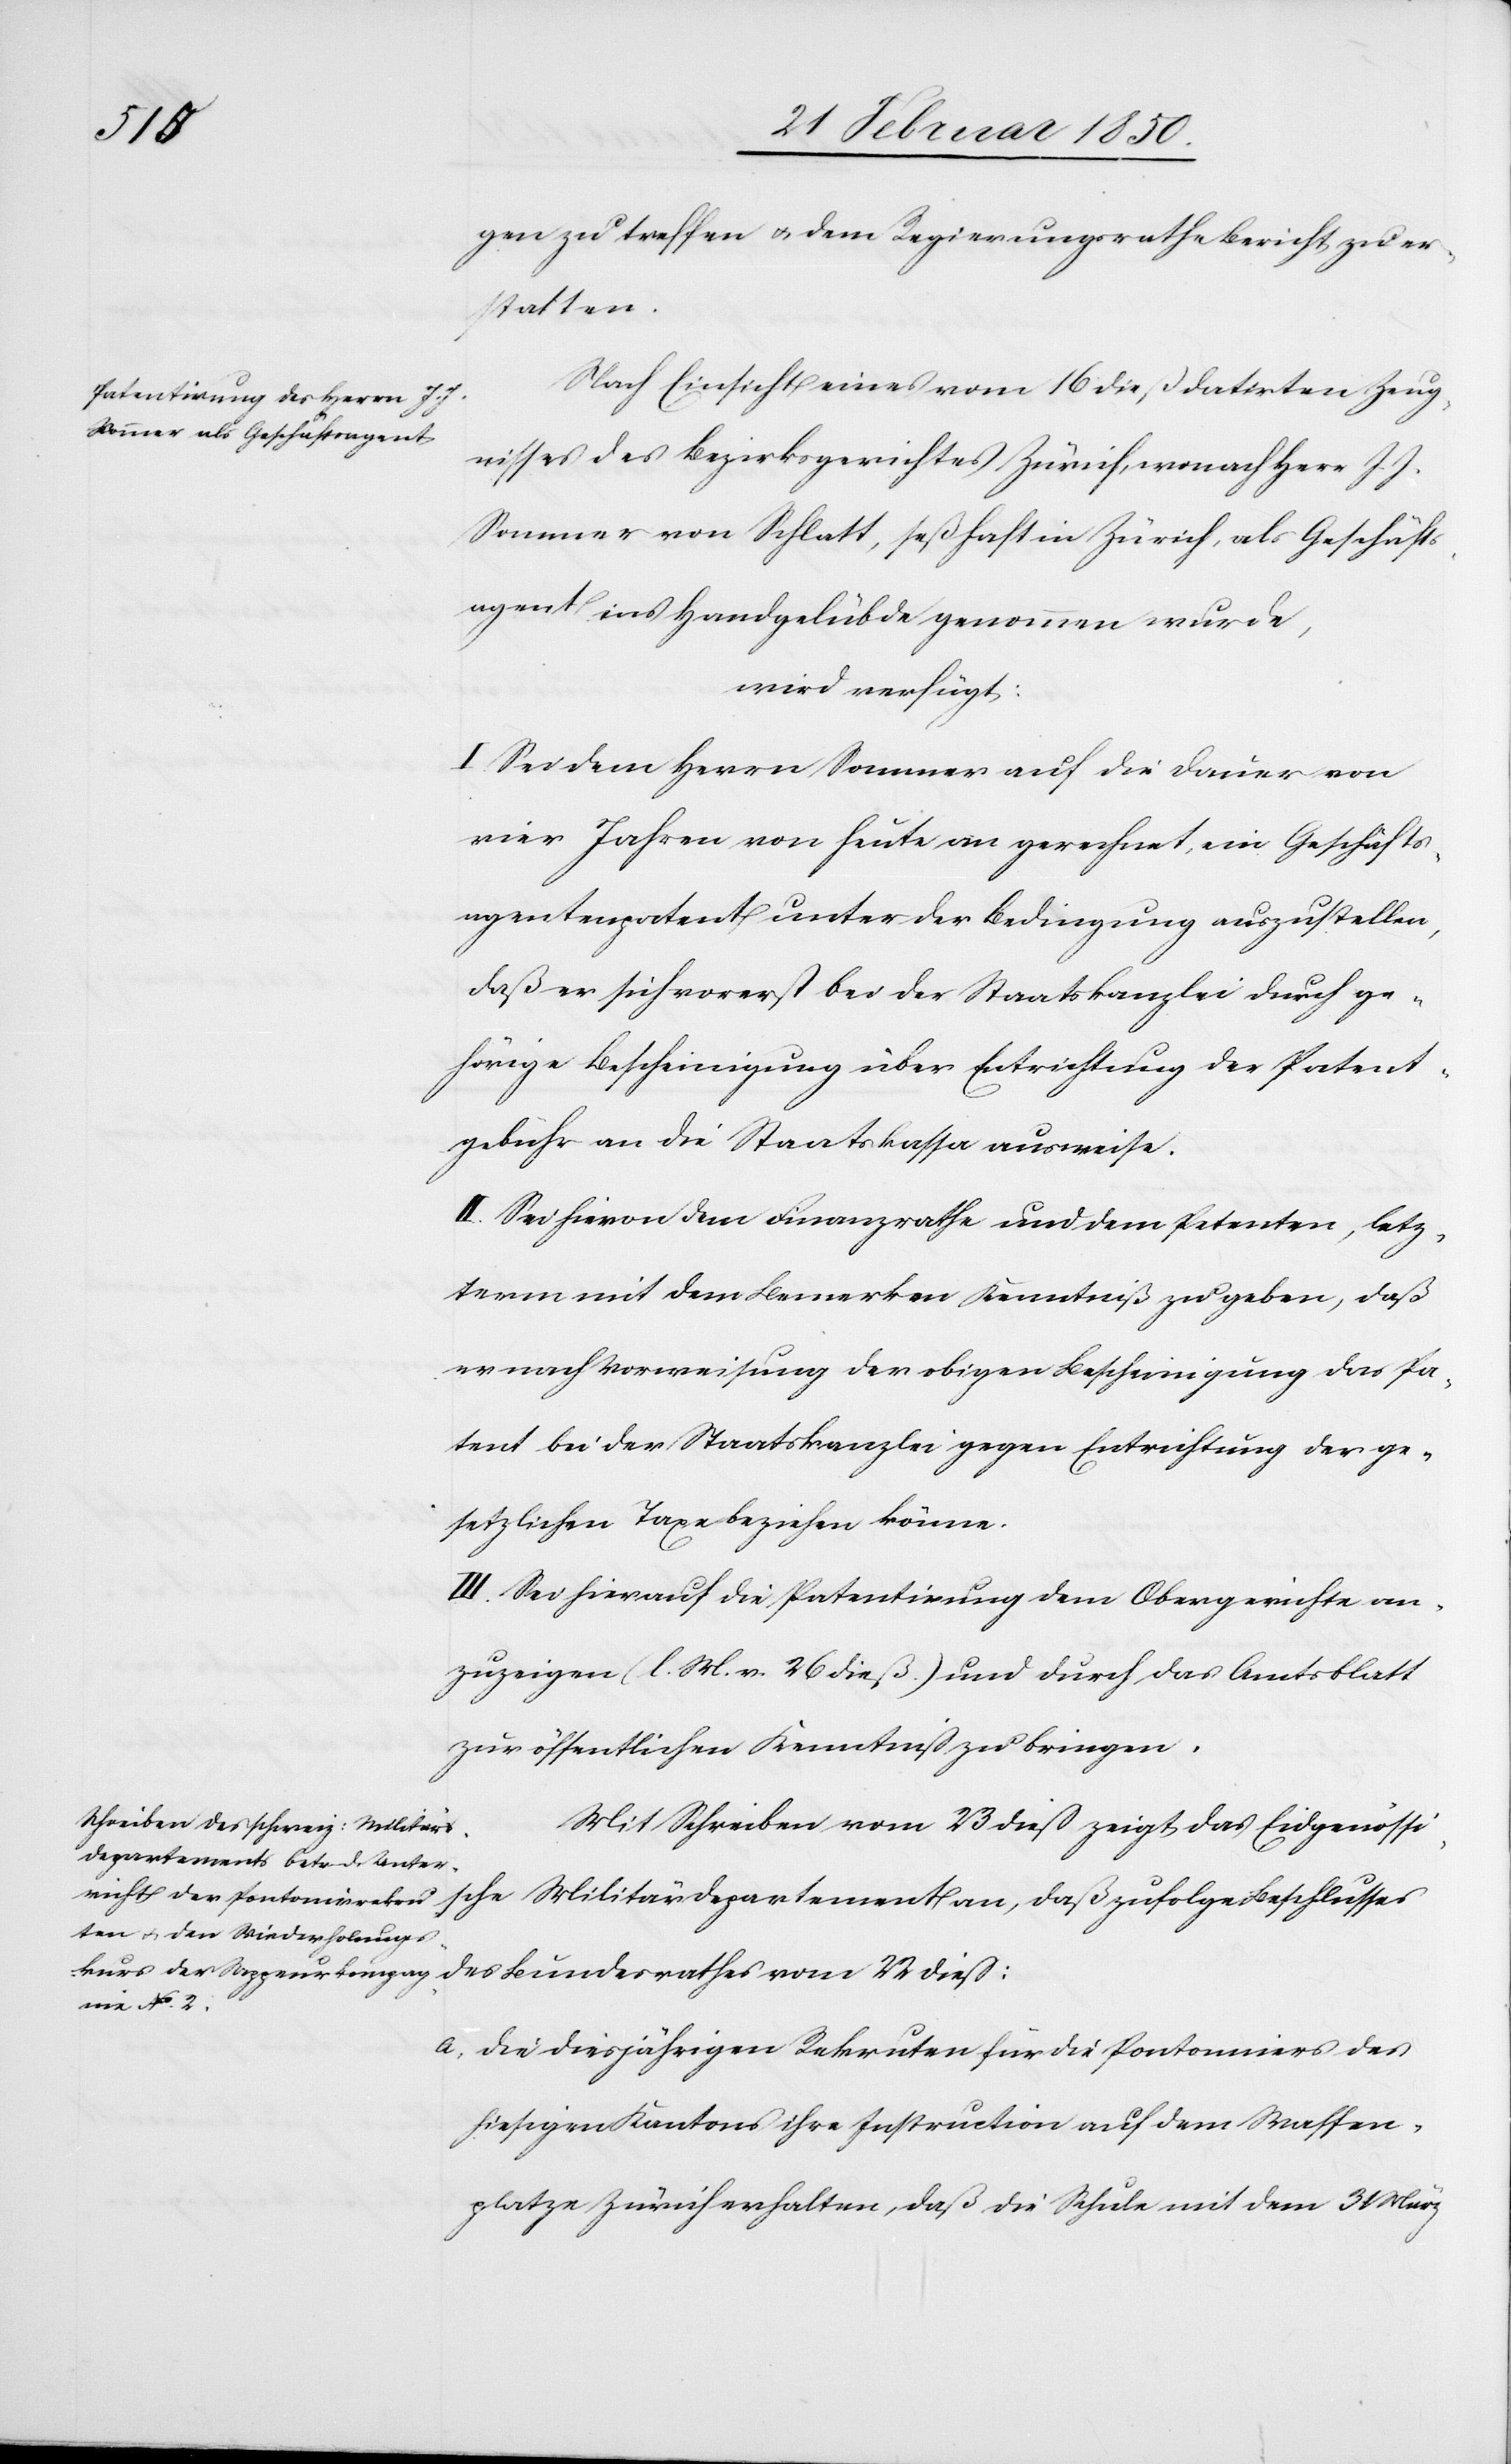
che
gen zu treffen u. dem Regierungsrathe Bericht zu er¬
statten.
Nach Einsicht eines vom 16 dieß datirten Zeug¬
nisses des Bezirksgerichtes Zürich, wonach Herr J. J.
Sommer von Schlatt, seßhaft in Zürich, als Geschäfts¬
agent ins Handgelübde genommen wurde,
wird verfügt:
I. Sei dem Herrn Sommer auf die Dauer von
vier Jahren von heute an gerechnet, ein Geschäfts¬
agentenpatent unter der Bedingung auszustellen,
daß er sich vorerst bei der Staatskanzlei durch ge¬
hörige Bescheinigung über Entrichtung der Patent¬
gebühr an die Staatskassa ausweise.
II. Sei hievon dem Finanzrathe und dem Petenten, letz¬
term mit dem Bemerken Kenntniß zu geben, daß
er nach Vorweisung der obigen Bescheinigung das Pa¬
tent bei der Staatskanzlei gegen Entrichtung der ge¬
setzlichen Taxe beziehen könne.
III. Sei hierauf die Patentirung dem Obergerichte an¬
zuzeigen (l. M. v. 26 dieß.) und durch das Amtsblatt
zur öffentlichen Kenntniß zu bringen.
Mit Schreiben vom 23 dieß zeigt das Eidgenössis¬
a. Die diesjährigen Rekruten für die Pontonniers des
hiesigen Kantons ihre Instruction auf dem Waffen¬
platze Zürich erhalten, daß die Schule mit dem 31 März